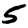
Digit: 5